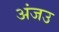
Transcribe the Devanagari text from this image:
अंजउ